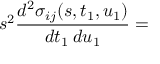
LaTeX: s ^ { 2 } \frac { d ^ { 2 } \sigma _ { i j } ( s , t _ { 1 } , u _ { 1 } ) } { d t _ { 1 } \: d u _ { 1 } } =